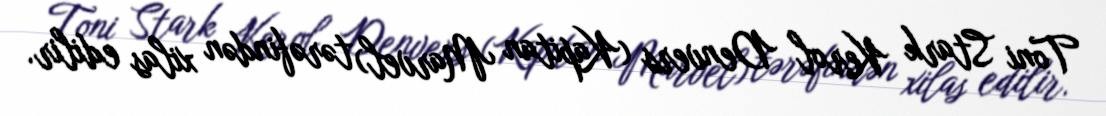
Toni Stark Kerol Denvers (Kapitan Marvel) tərəfindən xilas edilir.